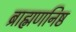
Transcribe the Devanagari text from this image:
ब्राह्मणनिष्ठ